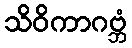
သိဝိကာဂဗ္ဘံ